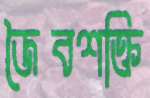
জৈবশক্তি